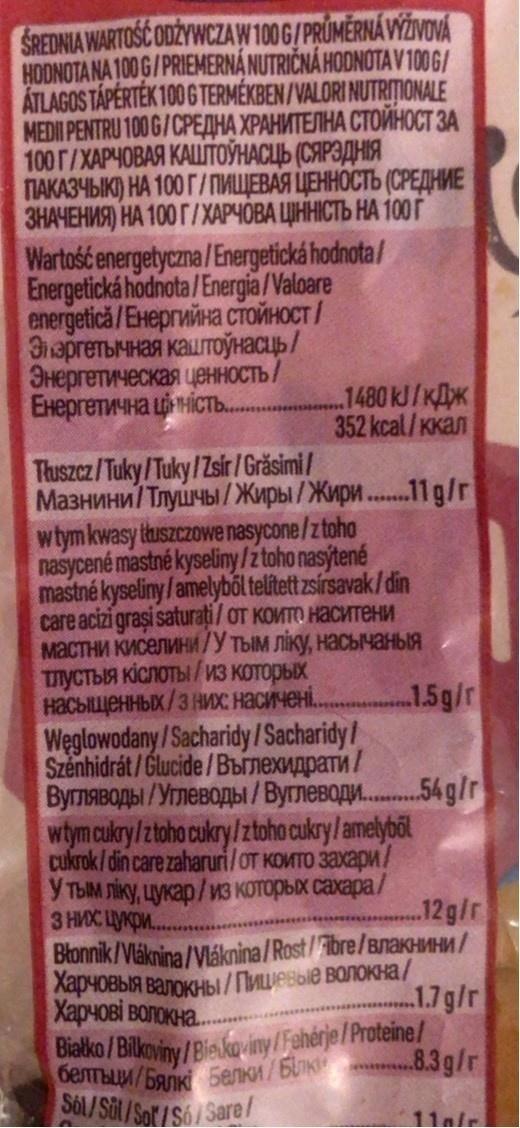
SREDNIA WARTOŚĆ ODŻYWCZAW100G/PRŮMĚRNÁVÝŽVOVÁ HODNOTA NA 100 G/PRIEMERNÁ NUTRIČNÁ HODNOTAV 100G/ ÁTLAGOS TÁPÉRTÉK 100 G TERMÉKBEN /VALORI NUTRITIONALE МEDЛРЕМТRU 100 6/CPEДНА ХРАНИТЕЛНА СТОЙНОСТ ЗА 100Г/ХАРЧОВАЯ КАШТОЎНАСЦЬ (СЯРЭДНЯ ПАКАЗЧЫК) НА 100Г/ПИЩЕВАЯ ЦЕННОСТЬ (СРЕДНИЕ ЗНАЧЕНИЯ) НА 100 Г/ХАРЧОВА ЦННІСТЬ НА 10г Wartość energetyczna/Energetická hodnota/ Energetická hodnota /Energia /Valoare energetica/Eнергийна стойност/ Элэргетьчная каштоўнасць/ Энергетическая ценность/ Енергетична цність.
.1480 KJ / кДж 352 kcal/ ккал
Thuszcz/Tuky/Tuky/Zsir / Grăsimi/ Мазнини/ Тлушчы/ Жиры /Жири.11 9/г wtym kwasy thuszczowe nasycone/ztoho паsусene mastne kyseliny /ztoho nasjtene mastné kyseliny /amelyből telített zsírsavak/ din care acti grasi saturafi/ от коите наситени мастни киселинИ/У тым ліку, насычаныя Tлустыя кіслоты / из которых насыщенных/з них насичені. Weglowodany /Sacharidy/Sacharidy/ Stenhidrat/Gucide / Bылехидрати / Вуляводы/Улеводы / Вулеводи..54g/r wtym cukry/ztoho cukry/ztoho cukry /amelyböl cukrok/ din care zaharuri/ oт които захари/ Утьм ліку цукар / из которьх сахара/ 3 HVXC LYKO.. Bonnik/Vakrina/Vaknina/ Rost /Tore/ влакнини/ Харчовыя валокны / Пицевые волокна/ Харчові волокна.
15g/r
.12 g/г
.1.7g/r
Balko /Bilkoviny /Bieskoviny/Fahérje /Proteine/ белтыци / Бялк Белки / Блк SOL/Sit/Sot /S6/Sare/
.83g/г
11a/r